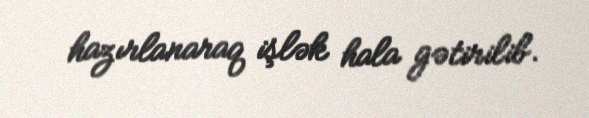
hazırlanaraq işlək hala gətirilib.